Annual report on the health of the army in India
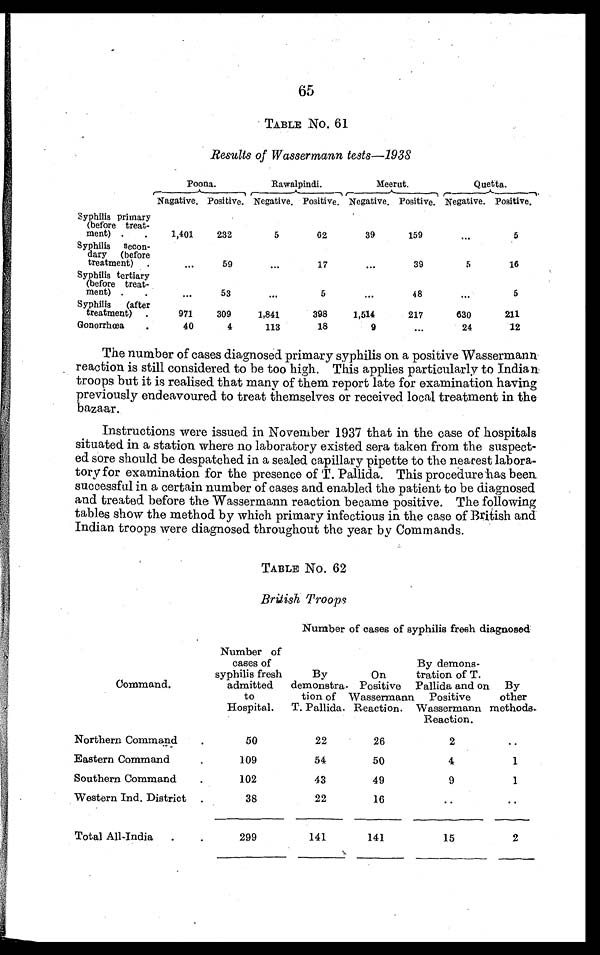
65
TABLE No. 61
Results of Wassermann tests-1938
Poona.
Rawalpindi.
Meerut.
Quetta.
Nagative. Positive. Negative. Positive. Negative. Positive. Negative. Positive.
Syphilis primary
(before treat-
ment)
.
1,401
232
5
62
39
159
...
5
Syphilis secon-
dary
(before
treatment)
...
59
...
17
...
39
5
16
Syphilis tertiary
(before treat-
ment) .
.
...
53
...
5
...
48
• ..
5
Syphilis
(after
treatment)
.
971
309
1,841
398
1,514
217
630
211
Gonorrhœa
.
40
4
113
18
9
...
24
12
The number of cases diagnosed primary syphilis on a positive Wassermann
reaction is still considered to be too high. This applies particularly to Indian.
troops but it is realised that many of them report late for examination having
previously endeavoured to treat themselves or received local treatment in the
bazaar.
Instructions were issued in November 1937 that in the case of hospitals
situated in a station where no laboratory existed sera taken from the suspect-
ed sore should be despatched in a sealed capillary pipette to the nearest labora-
tory for examination for the presence of T. Pallida. This procedure has been
successful in a certain number of cases and enabled the patient to be diagnosed
and treated before the Wassermann reaction became positive. The following
tables show the method by which primary infectious in the case of British and
Indian troops were diagnosed throughout the year by Commands.
TABLE No. 62
British Troops
Number of cases of syphilis fresh diagnosed
Command.
Number of
cases of
syphilis fresh
admitted
to
Hospital.
By
demonstra-
tion of
T. Pallida.
On
Positive
Wassermann
Reaction.
By demons-
tration of T.
Pallida and on
Positive
Wassermann
Reaction.
By
other
methods.
Northern Command
.
50
22
26
2
..
Eastern Command.
109
54
50
4
1
Southern Command
.
102
43
49
9
1
Western Ind. District .
38
22
1 6
• •
• •
Total All-India
.
.
299
141
141
15
2
____